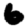
Digit: 6